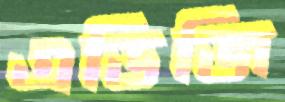
এডিজি